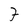
Character: 7